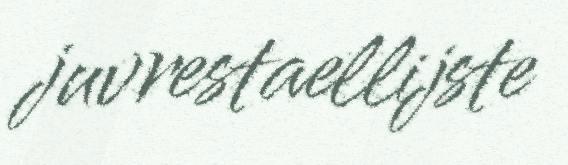
juvrestaellijste